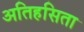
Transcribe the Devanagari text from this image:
अतिहसिता